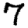
Digit: 7